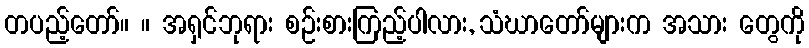
တပည့်တော်။ ။ အရှင်ဘုရား စဉ်းစားကြည့်ပါလား, သံဃာတော်များက အသား တွေကို